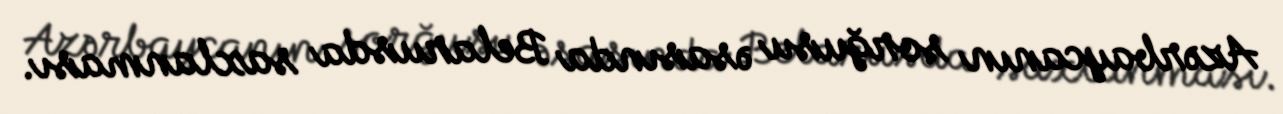
Azərbaycanın sorğusu əsasında Belarusda saxlanması.